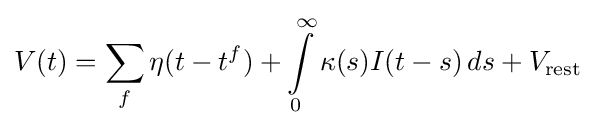
V(t)=\sum _{f}\eta (t-t^{f})+\int \limits _{0}^{\infty }\kappa (s)I(t-s)\,ds+V_{\mathrm {rest} }